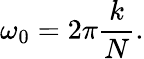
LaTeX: \omega_{0}=2\pi{\frac{k}{N}}.